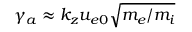
\gamma _ { a } \approx k _ { z } u _ { e 0 } \sqrt { m _ { e } / m _ { i } }